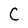
Character: C